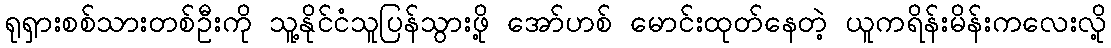
ရုရှားစစ်သားတစ်ဦးကို သူ့နိုင်ငံသူပြန်သွားဖို့ အော်ဟစ် မောင်းထုတ်နေတဲ့ ယူကရိန်းမိန်းကလေးလို့